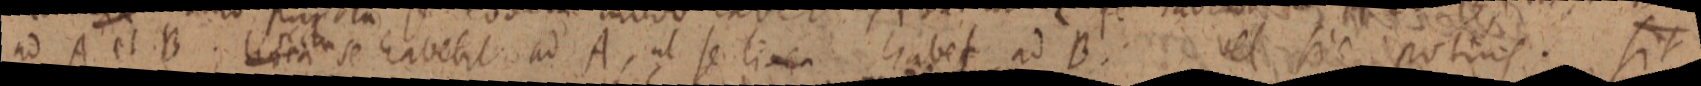
ad A et B. linea se habebit ad A, ut se linea habet ad B. vel sic potius. sit